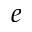
e